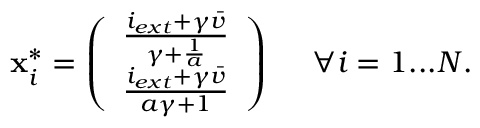
{ \bf x } _ { i } ^ { * } = \left( \begin{array} { l } { \frac { i _ { e x t } + \gamma \bar { v } } { \gamma + \frac { 1 } { a } } } \\ { \frac { i _ { e x t } + \gamma \bar { v } } { a \gamma + 1 } } \end{array} \right) \, \quad \, \forall i = 1 . . . N .